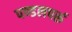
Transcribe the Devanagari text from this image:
पण्डलपर्रू